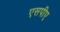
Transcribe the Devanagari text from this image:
एसपीए